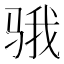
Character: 𱅗